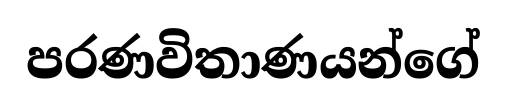
පරණවිතාණයන්ගේ